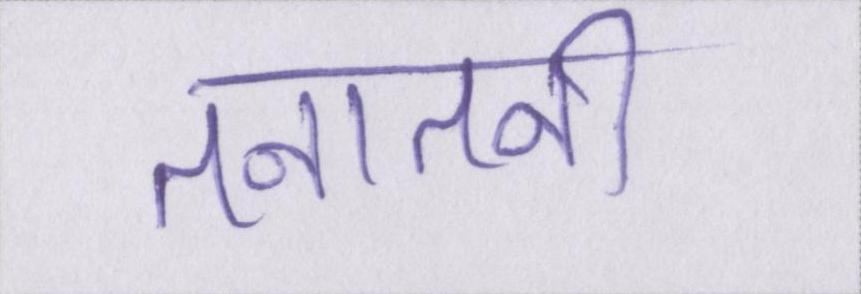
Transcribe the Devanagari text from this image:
तनातनी